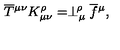
\overline { T } { ^ { \mu \nu } } K _ { \mu \nu } ^ { \rho } = \perp _ { \mu } ^ { \! \rho } \overline { f } { ^ \mu } ,